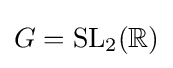
G=\mathrm {SL} _{2}(\mathbb {R} )